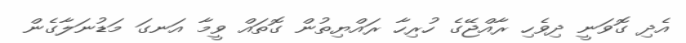
އެދި ގޮވަނީ ދިވެހި ރާއްޖޭގެ ހުރިހާ ރައްޔިތުން ގޮތައް ވީމާ އަނގަ މަޑުނަލާގެން